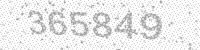
Solution: 365849